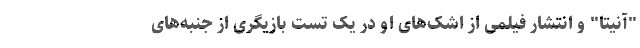
"آنیتا" و انتشار فیلمی از اشک‌های او در یک تست بازیگری از جنبه‌های